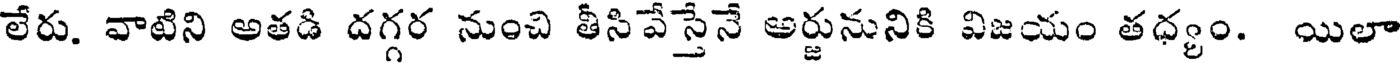
లేరు. వాటిని అతడి దగ్గర నుంచి తీసివేస్తేనే అర్జునునికి విజయం తధ్యం. యిలా